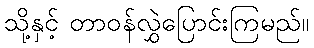
သို့နှင့် တာဝန်လွှဲပြောင်းကြမည်။